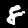
Digit: 8